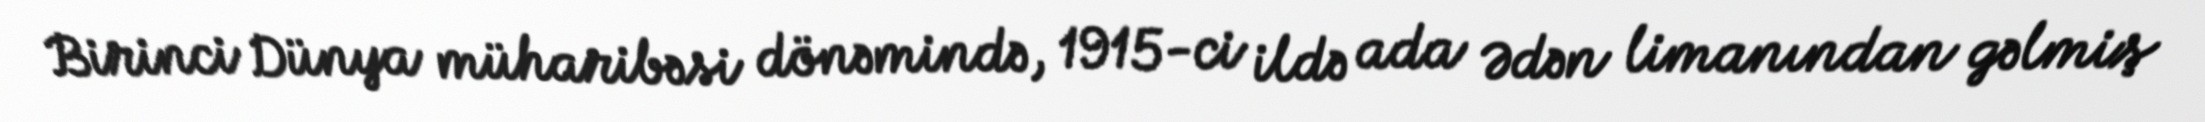
Birinci Dünya müharibəsi dönəmində, 1915-ci ildə ada Ədən limanından gəlmiş